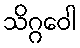
သိဂ္ဂဝေါ